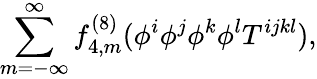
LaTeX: \sum_{m=-\infty}^{\infty}f_{4,m}^{(8)}(\phi^{i}\phi^{j}\phi^{k}\phi^{l}T^{ijkl}),